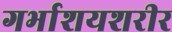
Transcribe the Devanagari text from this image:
गर्भाशयशरीर